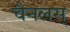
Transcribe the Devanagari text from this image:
चैनलस्